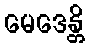
မေဒေန္တိ